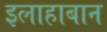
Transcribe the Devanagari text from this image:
इलाहाबान